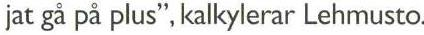
jat gå på plus", kalkylerar Lehmusto.